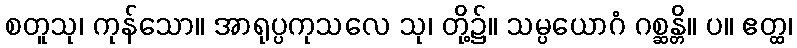
စတူသု၊ ကုန်သော။ အာရုပ္ပကုသလေ သု၊ တို့၌။ သမ္ပယောဂံ ဂစ္ဆန္တိ။ ပ။ ဧတ္ထ၊